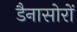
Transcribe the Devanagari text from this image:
डैनासोरों